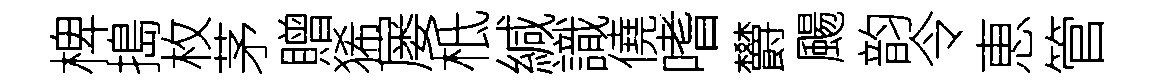
椑搗枚茅贈狶屡柢緘識僥嗜欝颺韵令恵管